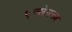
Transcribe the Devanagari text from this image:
एन्सेनन्ज़